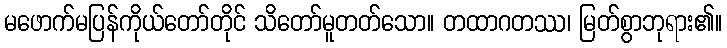
မဖောက်မပြန်ကိုယ်တော်တိုင် သိတော်မူတတ်သော။ တထာဂတဿ၊ မြတ်စွာဘုရား၏။